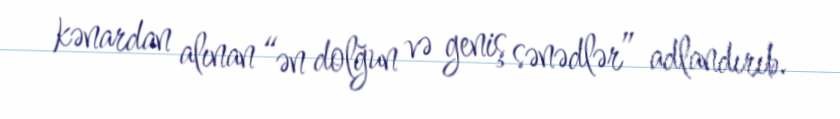
kənardan alınan “ən dolğun və geniş sənədlər” adlandırıb.